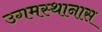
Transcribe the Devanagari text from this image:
उगमस्थानास